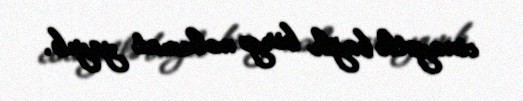
cinayətlə bağlı birgə məlumat yayıb.